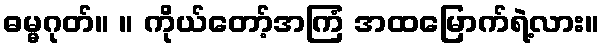
ဓမ္မဂုတ်။ ။ ကိုယ်တော့်အကြံ အထမြောက်ရဲ့လား။